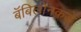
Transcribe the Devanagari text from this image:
बॅबिलोनकडे